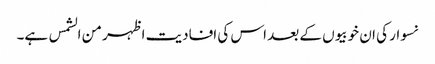
نسوار کی ان خوبیوں کے بعد اس کی افادیت اظہر من الشمس ہے۔